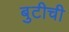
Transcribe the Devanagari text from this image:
बुटीची